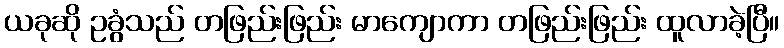
ယခုဆို ဥခွံသည် တဖြည်းဖြည်း မာကျောကာ တဖြည်းဖြည်း ထူလာခဲ့ပြီ။